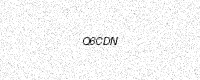
Text: Q6CDN